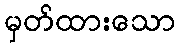
မှတ်ထားသော